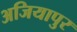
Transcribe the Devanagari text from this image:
अजियापुर